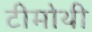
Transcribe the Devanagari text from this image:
टीमोथी